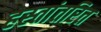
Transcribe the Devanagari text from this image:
हस्‍तांतरित